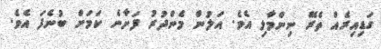
ގަޑިއިރެއް ތެރޭ ނިންމާލި އެވެ. އަލުން މެންދުރު ފަށާނެ ކަމަށް ބުނެފަ އެވެ.